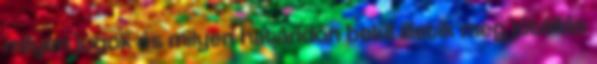
milyen jogok és milyen határidőn belül illetik meg jótállás